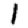
Digit: 1